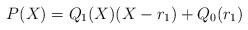
LaTeX: \begin{align*}P(X) = Q_1(X) (X - r_1) + Q_0(r_1)\end{align*}